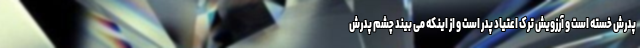
پدرش خسته است و آرزویش ترک اعتیاد پدر است و از اینکه می بیند چشم پدرش